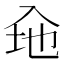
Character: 𮰃